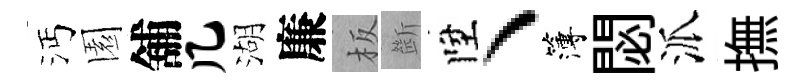
沔園舖几湖廉板㫁陞丶簿閟派撫